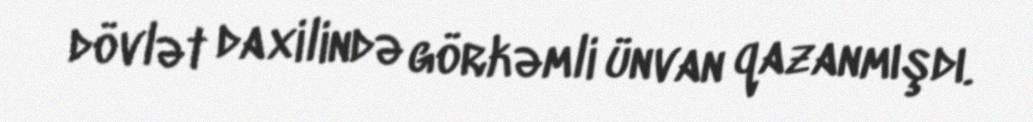
dövlət daxilində görkəmli ünvan qazanmışdı.